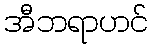
အီဘရာဟင်